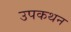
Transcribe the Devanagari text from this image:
उपकथन